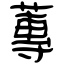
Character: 蓴